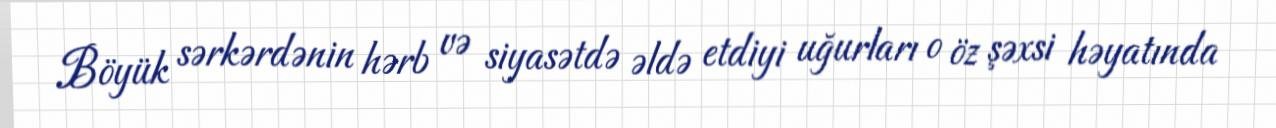
Böyük sərkərdənin hərb və siyasətdə əldə etdiyi uğurları o öz şəxsi həyatında